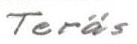
Teräs